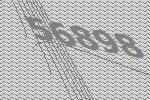
56898